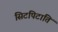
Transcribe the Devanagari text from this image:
सिटपिटाति